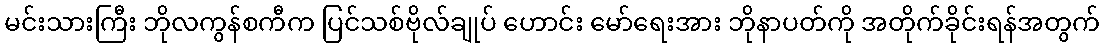
မင်းသားကြီး ဘိုလကွန်စကီက ပြင်သစ်ဗိုလ်ချုပ် ဟောင်း မော်ရေးအား ဘိုနာပတ်ကို အတိုက်ခိုင်းရန်အတွက်